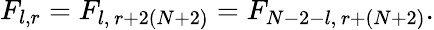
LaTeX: F_{l,r}=F_{l,\, r+2(N+2)}=F_{N-2-l,\, r+(N+2)}.